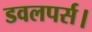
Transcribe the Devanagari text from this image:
डवलपर्स।